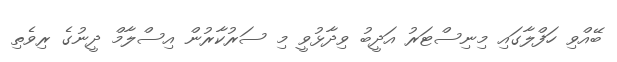
ބޭއްވި ހަފްލާގައި މިނިސްޓަރު އަދީބު ވިދާޅުވީ މި ސަރުކާރުން އިސްލާމް ދީނުގެ ރިވެތި